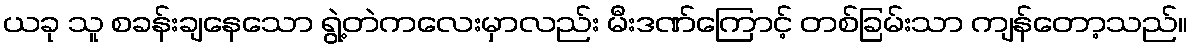
ယခု သူ စခန်းချနေသော ရွဲ့တဲကလေးမှာလည်း မီးဒဏ်ကြောင့် တစ်ခြမ်းသာ ကျန်တော့သည်။